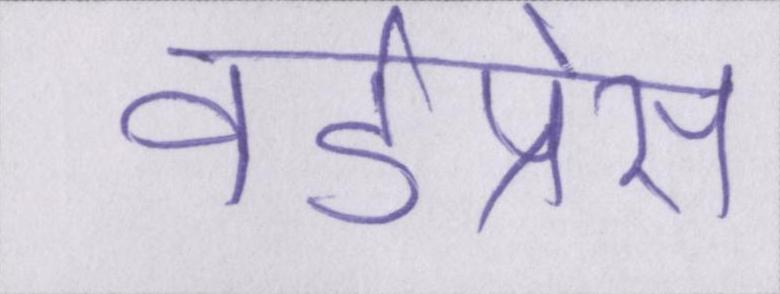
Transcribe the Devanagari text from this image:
वर्डप्रेस